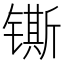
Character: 𰾴